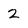
Character: 2